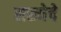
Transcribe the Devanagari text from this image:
सख्येचे